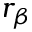
r _ { \beta }